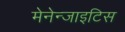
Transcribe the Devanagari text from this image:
मेनेन्जाइटिस